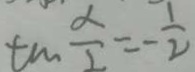
\tan \frac { \alpha } { 2 } = - \frac { 1 } { 2 }